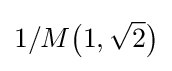
1/M{\bigl (}1,{\sqrt {2}}{\bigr )}